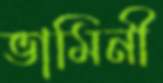
ভামিনী